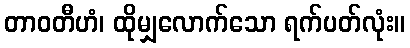
တာဝတီဟံ၊ ထိုမျှလောက်သော ရက်ပတ်လုံး။